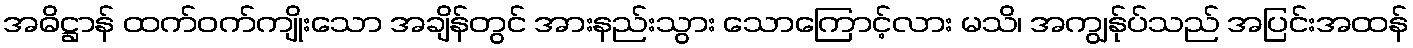
အဓိဋ္ဌာန် ထက်ဝက်ကျိုးသော အချိန်တွင် အားနည်းသွား သောကြောင့်လား မသိ၊ အကျွန်ုပ်သည် အပြင်းအထန်